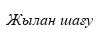
Жылан шағу